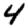
Digit: 4